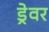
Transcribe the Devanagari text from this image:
ड्रेवर